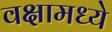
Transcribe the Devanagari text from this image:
वक्षामध्ये